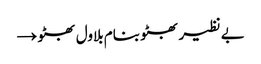
بے نظیر بھٹو بنام بلاول بھٹو →